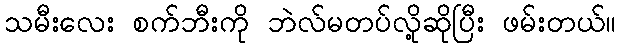
သမီးလေး စက်ဘီးကို ဘဲလ်မတပ်လို့ဆိုပြီး ဖမ်းတယ်။